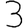
Digit: 3